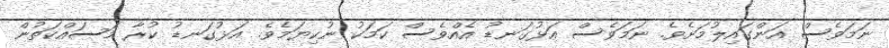
ނަމަވެސް އަންގައިލުމަށެވެ. ނަމަވެސް އަޅުގަނޑު އެއްވެސް ކަމަކު ނުކިޔަމެވެ. އަޅުގަނޑު ކުރާ މަސައްކަތުން